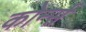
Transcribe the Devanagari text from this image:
कोर्न्स